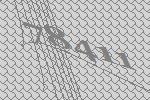
78411